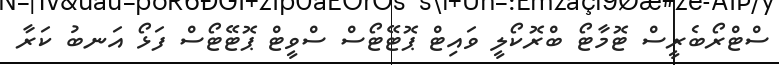
ސްޓްރޯބެރީސް ޓޮމާޓޯ ބްރޮކޯލީ ވައިޓް ޕޮޓޭޓޯސް ސްވީޓް ޕޮޓޭޓޯސް ފަޅޯ އަނބު ކަރާ